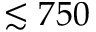
\lesssim 7 5 0